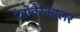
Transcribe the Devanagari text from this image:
एंडोवैस्क्युलर